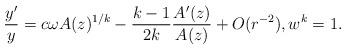
LaTeX: \begin{align*}\frac{y'}{y}= c\omega A(z)^{1/k}-\frac{k-1}{2k}\frac{A'(z)}{A(z)}+O(r^{-2}), w^k=1.\end{align*}